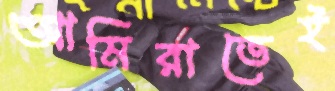
আমিরাতেই